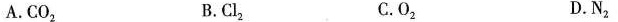
A.CO_{2} B.C l_{2} C.O_{2} D.N_{2}